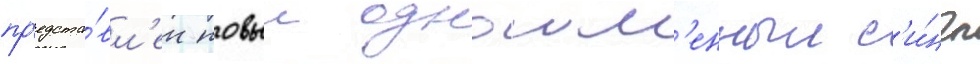
пр'едста́вл'ен новыи одноим'енныи с'и́нгл